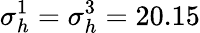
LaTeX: \sigma_{h}^{1}=\sigma_{h}^{3}=20.15